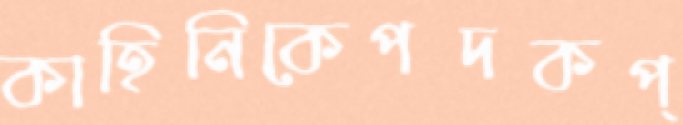
কাহিনিকেপদকপ্